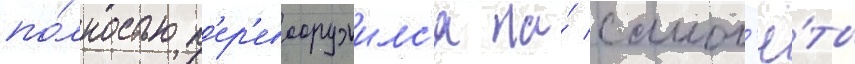
по́лностью п'ер'евооружилс'я на́ самол'ё́ты